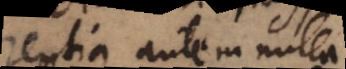
rentia autem nulla